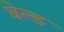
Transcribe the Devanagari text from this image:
बेल्ड